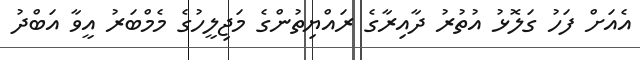
އެއަށް ފަހު ގަލޮޅު އުތުރު ދާއިރާގެ ރައްޔިތުންގެ މަޖިލީހުގެ މެމްބަރު އީވާ އަބްދު